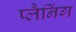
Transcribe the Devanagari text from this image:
प्लैनिंग